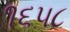
૧૬૫૮